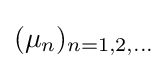
(\mu _{n})_{n=1,2,\dots }